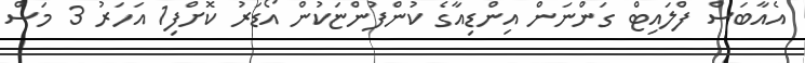
އެއާބަސް ފްލައިޓް ގަންނަން އިންޑިއާގެ ކުންފުންޏަކުން އޯޑަރު ކޮށްފި1 އަހަރު 3 މަސް